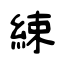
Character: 綀